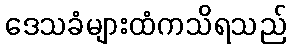
ဒေသခံများထံကသိရသည်